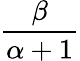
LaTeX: \frac{\beta}{\alpha+1}